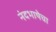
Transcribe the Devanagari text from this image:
नंदभाषेचा